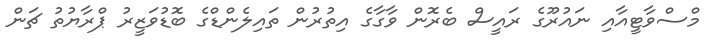
މްސްވާޓީއާއި ނައުރޫގެ ރައީސް ބެރޮން ވާގާގެ އިތުރުން ތައިލެންޑްގެ ބޮޑުވަޒީރު ޕްރާޔުތު ޗަން